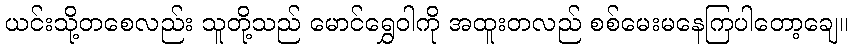
ယင်းသို့တစေလည်း သူတို့သည် မောင်ရွှေဝါကို အထူးတလည် စစ်မေးမနေကြပါတော့ချေ။